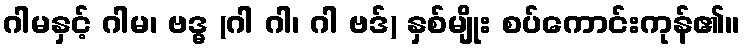
ဂါမနှင့် ဂါမ၊ ဗဒ္ဓ (ဂါ ဂါ၊ ဂါ ဗဒ်) နှစ်မျိုး စပ်ကောင်းကုန်၏။